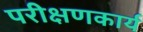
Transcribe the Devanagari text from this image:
परीक्षणकार्य